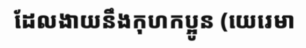
ដែលងាយនឹងកុហកប្អូន (យេរេមា